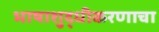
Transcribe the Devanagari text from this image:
भाषाशुद्धीकरणाचा